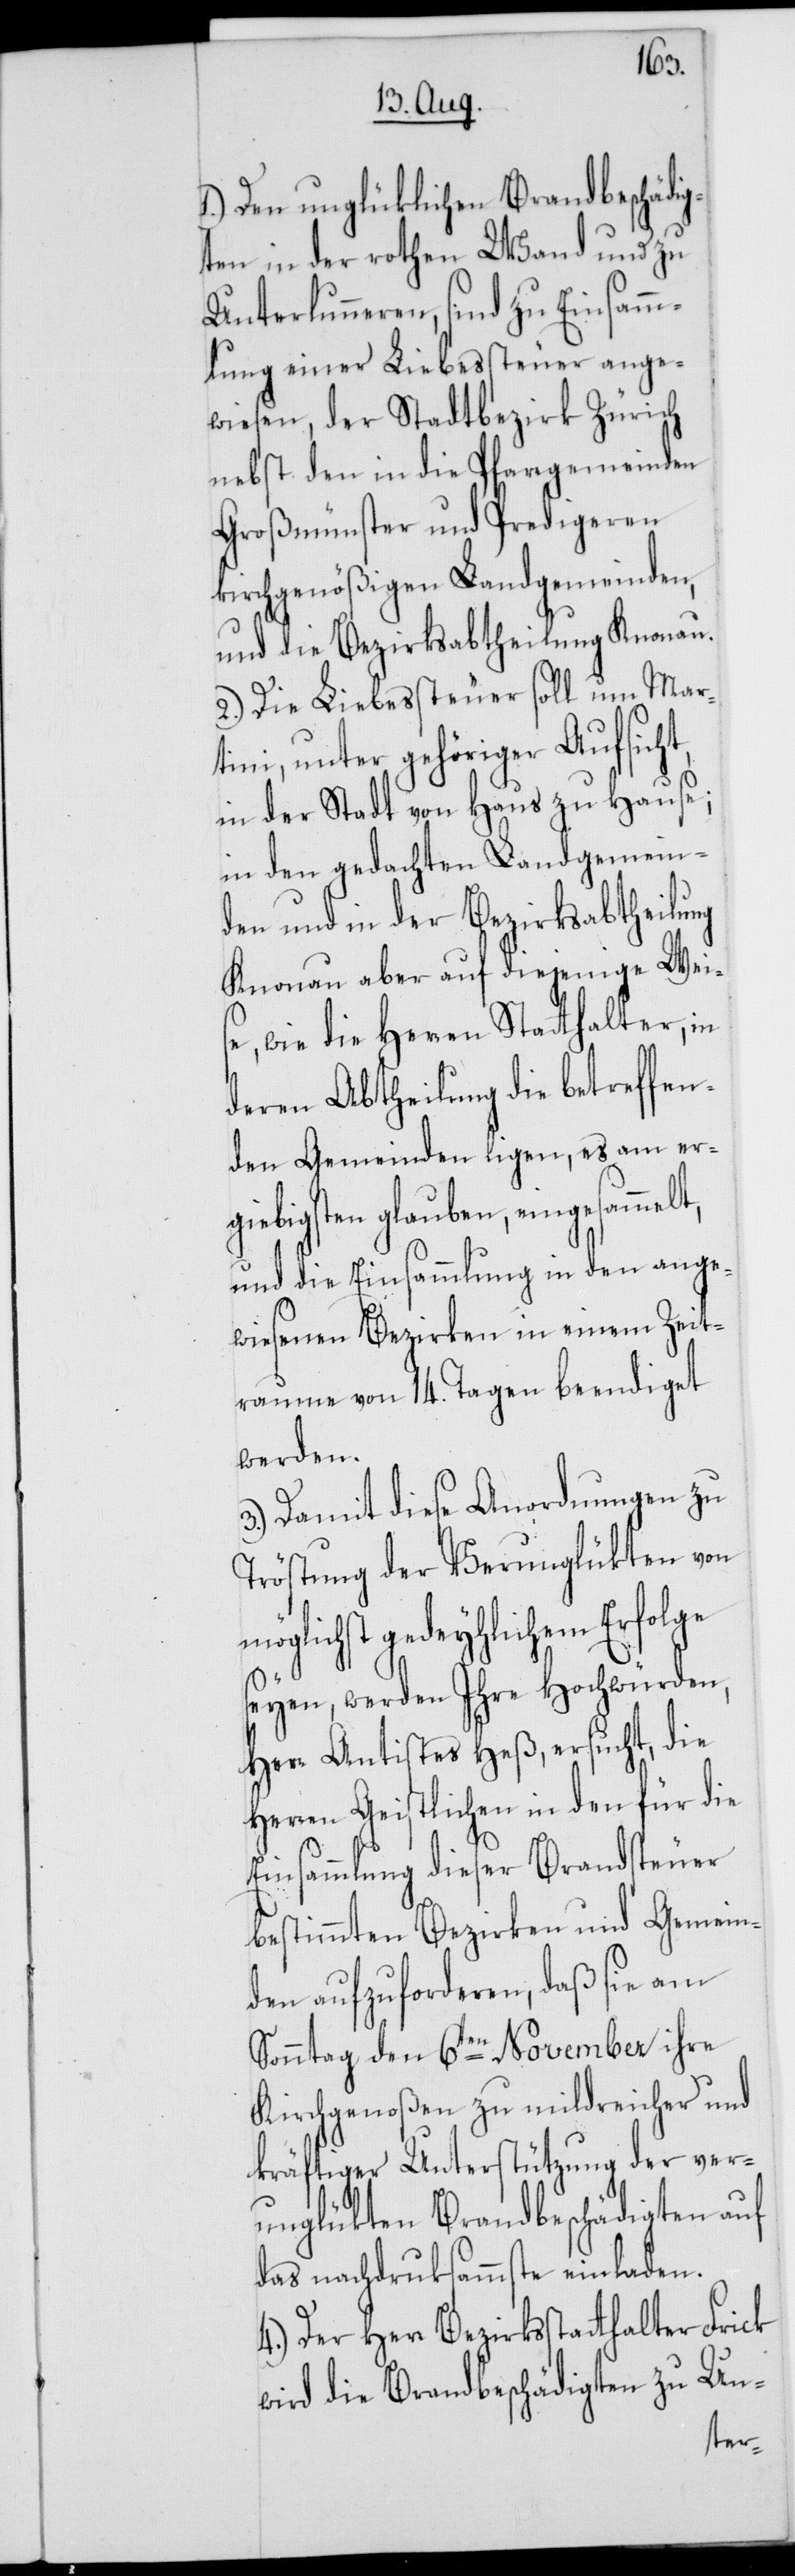
t,
1.) Den unglüklichen Brandbeschädi¬
gten in der rothen Wand und zu
Unterlunneren, sind zu Einsamm¬
lung einer Liebessteuer ange¬
wiesen, der Stadtbezirk Zürich
nebst den in die Pfarrgemeinden
Großmünster und Predigeren
kirchgenößigen Landgemeinden,
und die Bezirksabtheilung Knonau.
2.) Die Liebessteuer soll um Mar¬
tini, unter gehöriger Aufsicht,
in der Stadt von Haus zu Hause;
in den gedachten Landgemein¬
den und in der Bezirksabtheilung
Knonau aber auf diejenige Weis¬
e, wie die Herren Statthalter, in
deren Abtheilung die betreffen¬
den Gemeinden ligen, es am erg¬
iebigsten glauben, eingesammel¬
und die Einsammlung in den ange¬
wiesenen Bezirken in einem Zeit¬
raume von 14. Tagen beendiget
werden.
3.) Damit diese Anordnungen zu
Tröstung der Verunglükten von
möglichst gedeyhlichem Erfolge
seyen, werden Ihre Hochwürden,
Herr Antistes Heß, ersucht, die
Herren Geistlichen in den für die
Einsammlung dieser Brandsteuer
bestimmten Bezirken und Gemein¬
den aufzuforderen, daß sie am
Sonntag den 6ten November ihre
Kirchgenoßen zu mildreicher und
kräftiger Unterstützung der ver¬
unglükten Brandbeschädigten auf
das nachdrucksammste einladen.
4.) Der Herr Bezirksstatthalter Frick
wird die Brandbeschädigten zu Un-